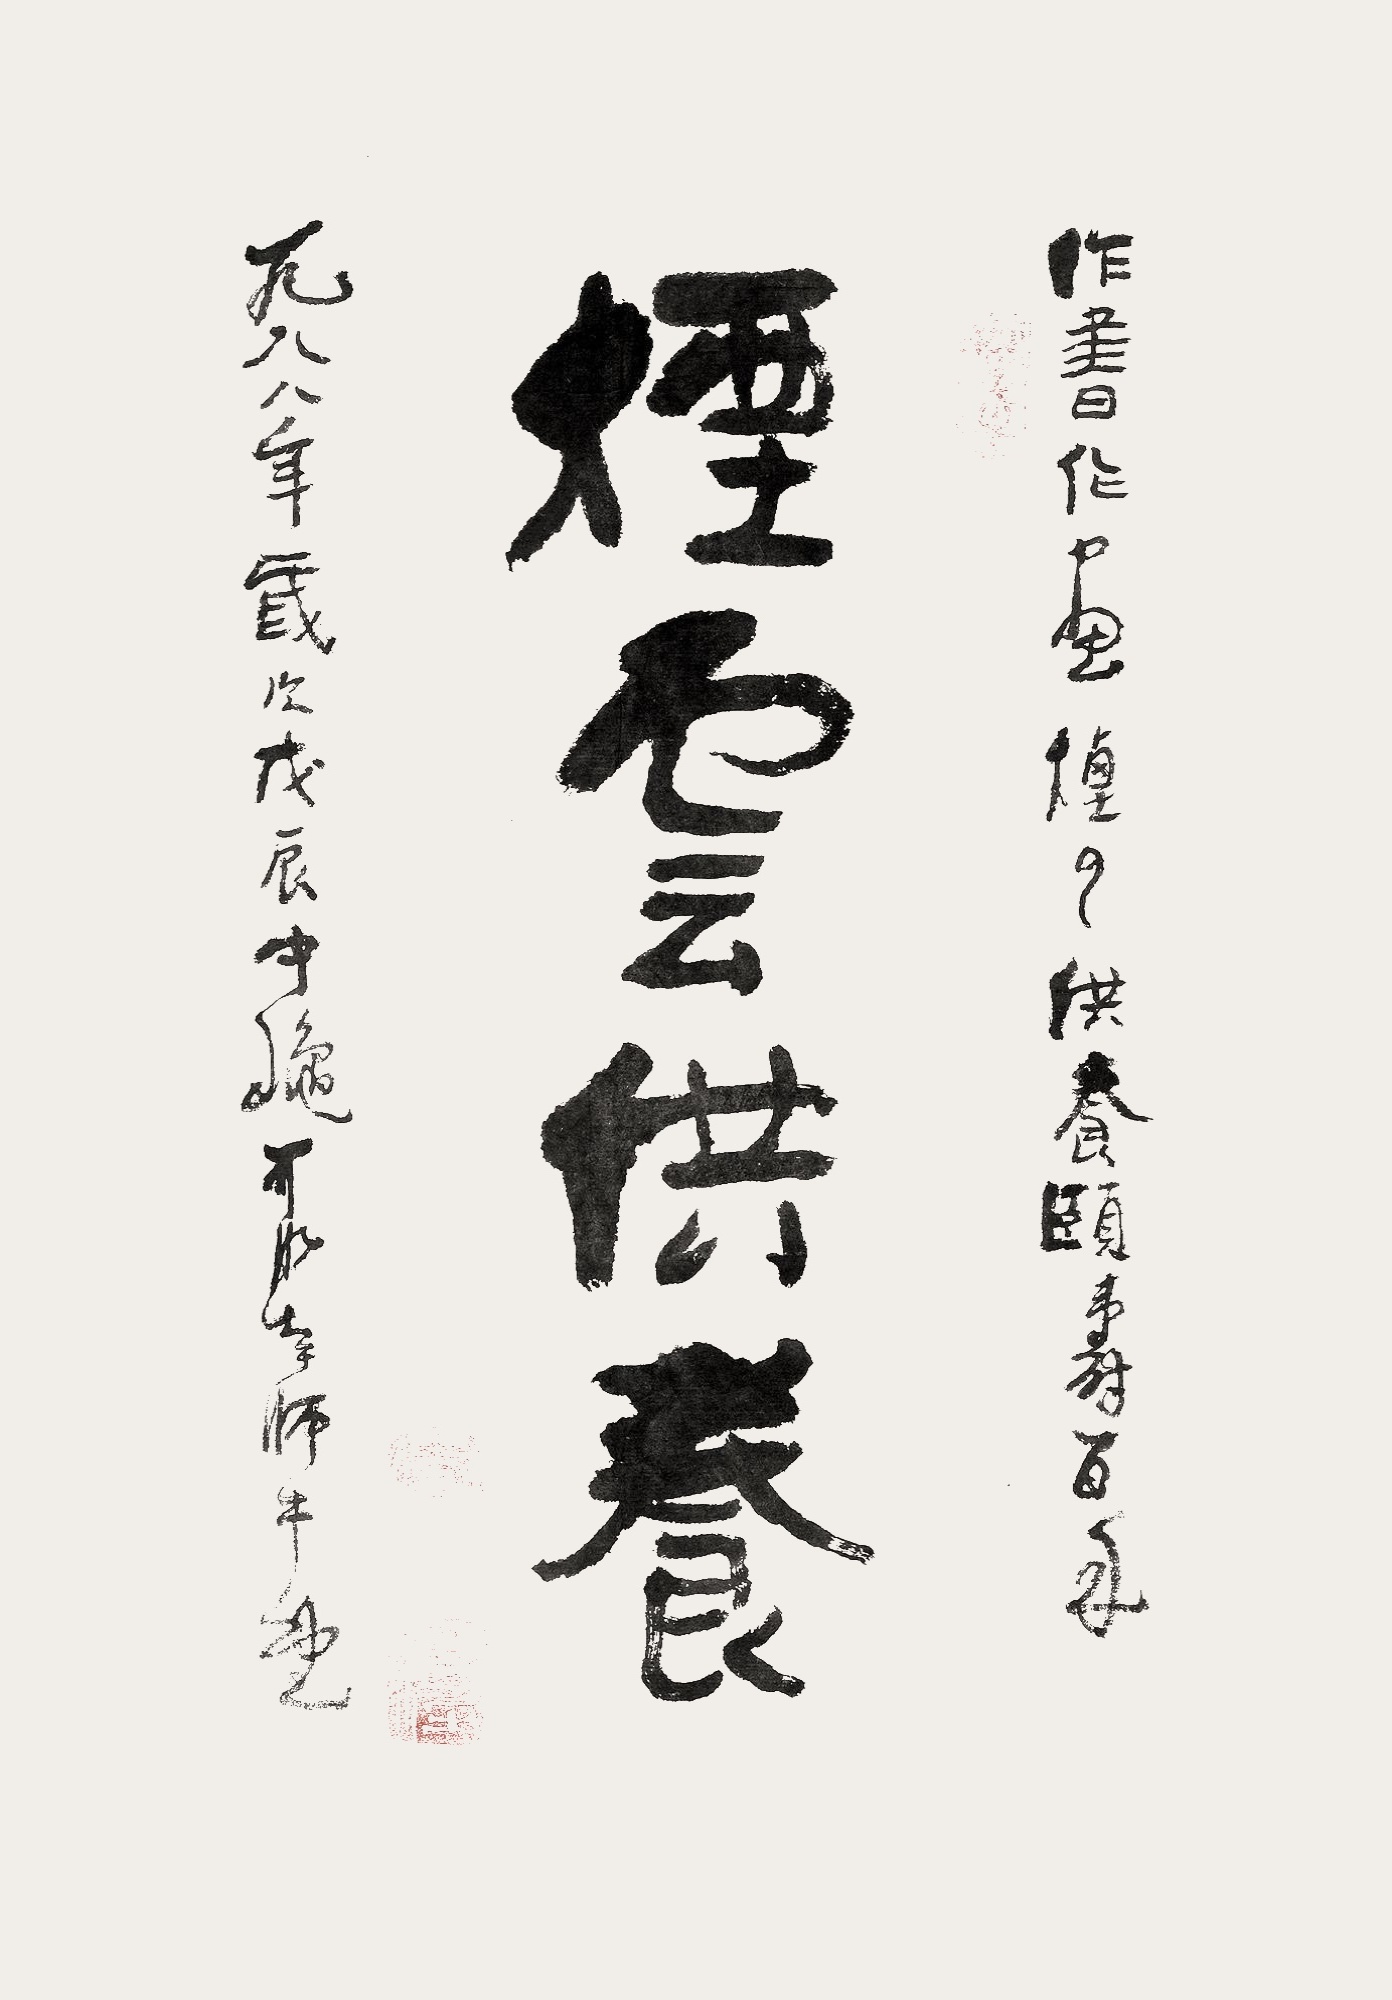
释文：烟云供养。作书作画，烟云供养，颐寿百年。一九八八年岁次戊辰仲秋可染于师牛堂。